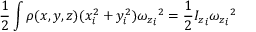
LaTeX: { \frac { 1 } { 2 } } \int \rho ( x , y , z ) ( x _ { i } ^ { 2 } + y _ { i } ^ { 2 } ) { { \omega _ { z } } _ { i } } ^ { 2 } = { \frac { 1 } { 2 } } { I _ { z } } _ { i } { { \omega _ { z } } _ { i } } ^ { 2 }